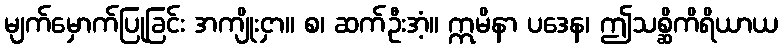
မျက်မှောက်ပြုခြင်း အကျိုးငှာ။ စ၊ ဆက်ဦးအံ့။ ဣမိနာ ပဒေန၊ ဤသစ္ဆိကိရိယာယ